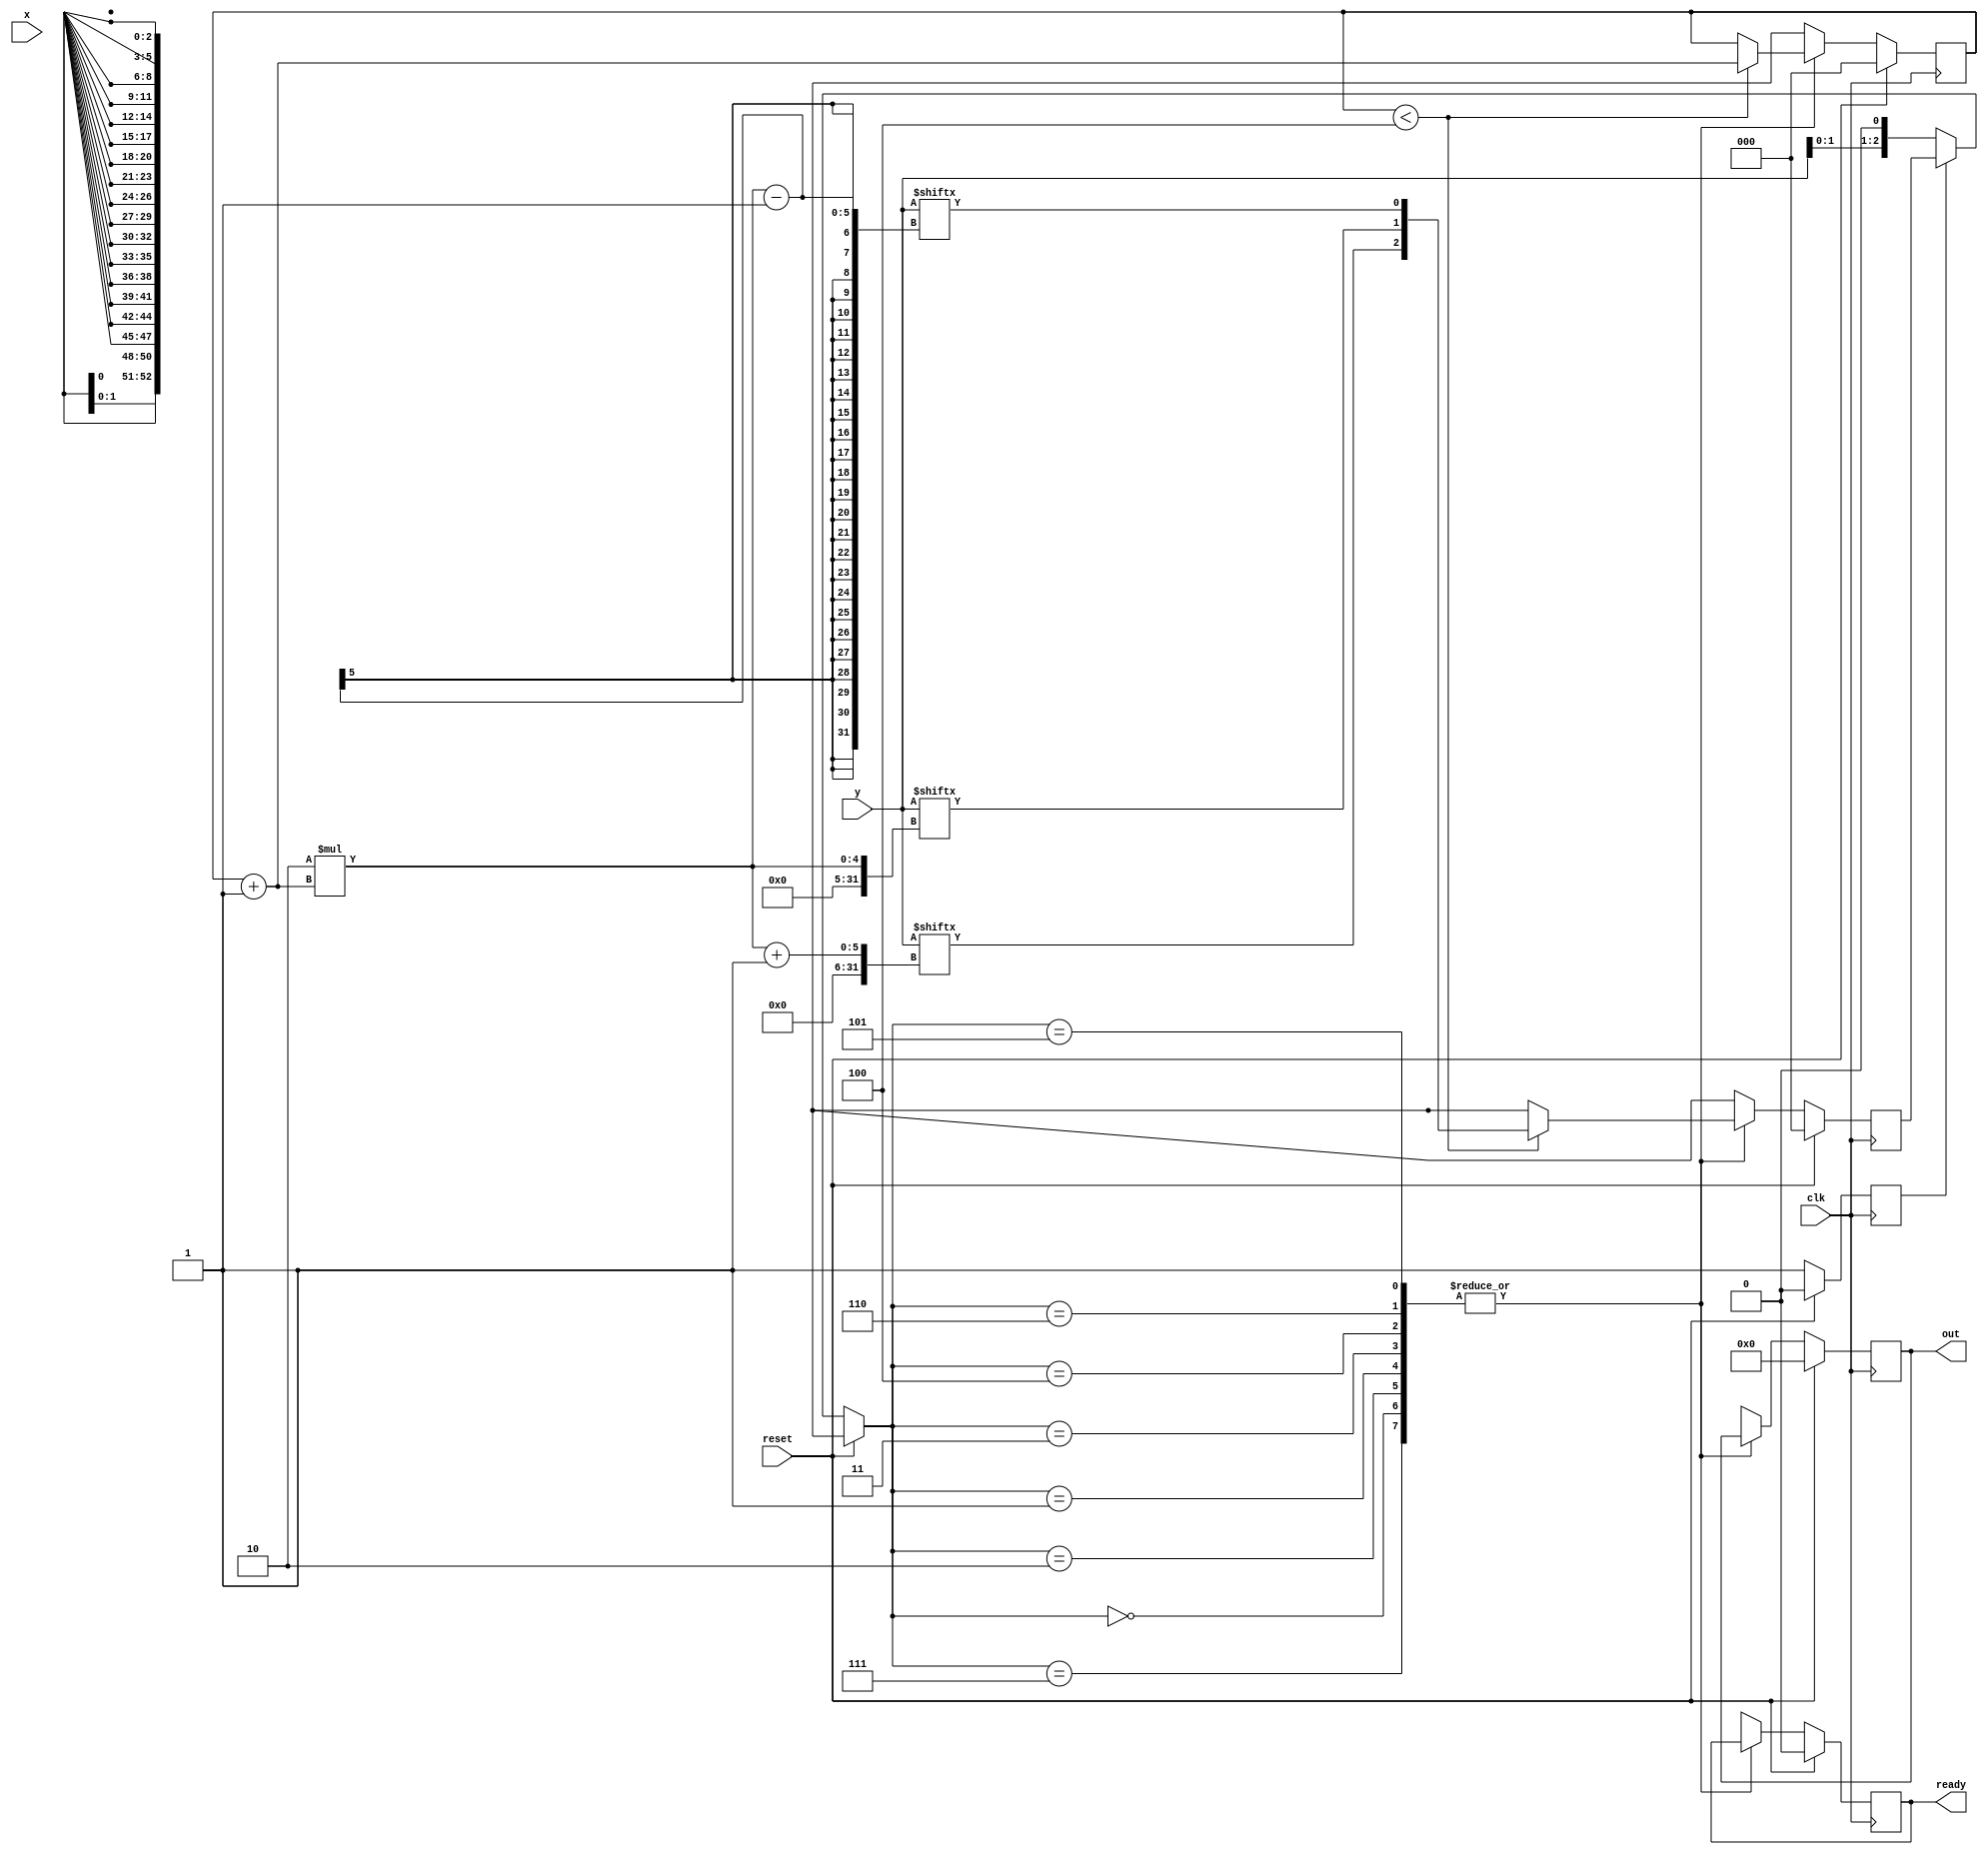


module multiplier46X7 (
input clk,reset,
input  [46:0]x, input [7:0]y,
output reg [52:0] out,output reg ready
);
reg [2:0] c=0 ;

reg   [54:0] pp=0; //partial products
reg   [54:0] spp=0; //shifted partial products
reg   [54:0] prod=0;
reg [2:0] i=0,j=0;
reg flag=0, temp=0 ;
wire [46:0] inv_x ;
//assign x= (~x) +1'b1;
assign inv_x = (~x) +1'b1;
always@(posedge clk)
begin
if(reset)
        begin
          out=0; c=0; pp=0; flag=0; spp=0; i=0; j=0; prod=0; ready=0;
        end
else 
    begin
        if(!flag)
          begin
          c={y[1],y[0],1'b0};
         // y={y[6],y};
          end
          flag=1;
            case(c)
            ////////////////////////
            3'b000,3'b111: 
                    begin
                        if(i<4)
                        begin  i=i+1;
                              // if(i==3)
                               //c={y[2*i],y[2*i],y[2*i-1]};
                               //else
                               c={y[2*i+1],y[2*i],y[2*i-1]}; 
                        end
                        else
                               c=3'bxxx;
                    end
            ////////////////////////////
            3'b001,3'b010:
                begin
                    if(i<4)
                    begin
                        i=i+1;
                           //if(i==3)
                             //  c={y[2*i],y[2*i],y[2*i-1]};
                            //else
                               c={y[2*i+1],y[2*i],y[2*i-1]};
                        pp={{8{x[46]}},x};
                        if(i==1'b1)
                            prod=pp;
                        else
                            begin
                                temp=pp[54];
                                j=i-1;
                                j=j<<1;
                                spp=pp<<j;
                                spp={temp,spp[53:0]};
                                prod=prod+spp;
                            end
                    end
                    else 
                        c=3'bxxx;
                end
            ///////////////////////////
            3'b011:
            begin
                if(i<4)
                begin
                    i=i+1;
                        //if(i==3)
                          //     c={y[2*i],y[2*i],y[2*i-1]};
                        //else
                              c={y[2*i+1],y[2*i],y[2*i-1]};
                    pp={{7{x[46]}},x,1'b0};
                    if(i==1'b1)
                      prod=pp;
                    else
                        begin
                        temp=pp[54];
                        j=i-1;
                        j=j<<1;
                        spp=pp<<j;
                        spp={temp,spp[53:0]};
                        prod=prod+spp;
                    end
                end
                else 
                  c=3'bxxx;
            end
            ///////////////////////////
            3'b100:
            begin
                if(i<4)
                    begin
                    i=i+1;
                    //if(i==3)
                      //         c={y[2*i],y[2*i],y[2*i-1]};
                        //       else
                    c={y[2*i+1],y[2*i],y[2*i-1]};
                    pp={{7{inv_x[46]}},inv_x,1'b0};
                        if(i==1'b1)
                          prod=pp;
                        else
                            begin
                                temp=pp[54];
                                j=i-1;
                                j=j<<1;
                                spp=pp<<j;
                                spp={temp,spp[53:0]};
                                prod=prod+spp;
                            end
                    end
                else 
                    c=3'bxxx;
            end
            ////////////////////////////////////
            3'b101, 3'b110:
            begin
                if(i<4)
                begin
                        i=i+1;
                        //if(i==3)
                          //     c={y[2*i],y[2*i],y[2*i-1]};
                           //    else
                        c={y[2*i+1],y[2*i],y[2*i-1]};
                        pp={{8{inv_x[45]}},inv_x};
                    if(i==1'b1)
                        prod=pp;
                    else
                        begin
                            temp=pp[54];
                            j=i-1;
                            j=j<<1;
                            spp=pp<<j;
                            spp={temp,spp[53:0]};
                            prod=prod+spp;
                        end
                end
                else 
                  c=3'bxxx;
            end
            ////////////////
            default:
            begin
                out= prod[52:0];
                ready=1;
                end
            endcase
    end
end

endmodule